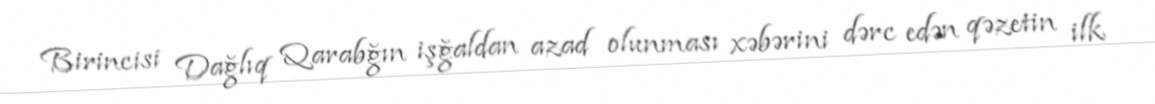
Birincisi Dağlıq Qarabğın işğaldan azad olunması xəbərini dərc edən qəzetin ilk